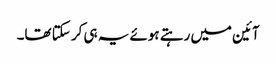
آئین میں رہتے ہوئے یہ ہی کر سکتا تھا۔